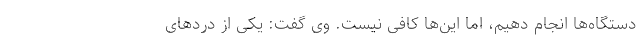
دستگاه‌ها انجام دهیم، اما این‌ها کافی نیست. وی گفت: یکی از دردهای